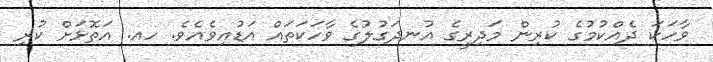
ވާހަކަ ދެއްކުމުގެެ ކުރިން މަދިރީގެެ އުނދަގުލުގެ ވާހަކަތައް އަޑުއިވެެެއެވެ. ހއ. އަތޮޅަށް ކުރި